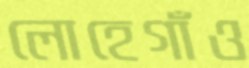
লোহেগাঁও